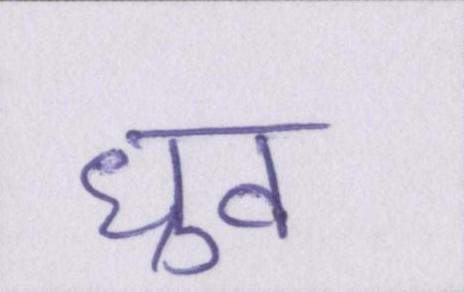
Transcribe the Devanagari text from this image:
ध्रुव